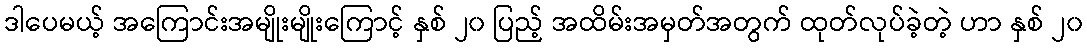
ဒါပေမယ့် အကြောင်းအမျိုးမျိုးကြောင့် နှစ် ၂၀ ပြည့် အထိမ်းအမှတ်အတွက် ထုတ်လုပ်ခဲ့တဲ့ ဟာ နှစ် ၂၀